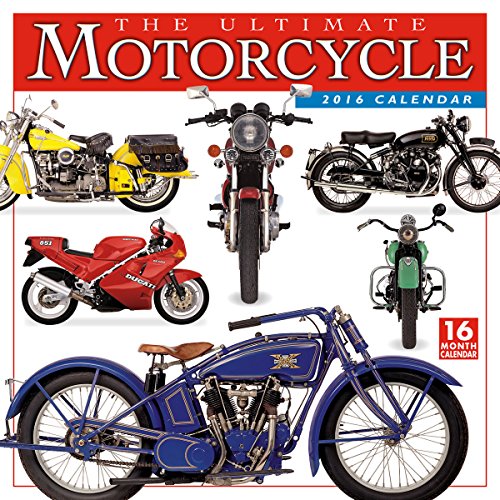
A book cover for Ultimate Motorcycle 2016 Wall Calendar; DK Publishing; Calendars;